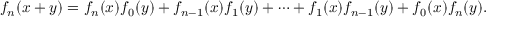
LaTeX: f _ { n } ( x + y ) = f _ { n } ( x ) f _ { 0 } ( y ) + f _ { n - 1 } ( x ) f _ { 1 } ( y ) + \cdots + f _ { 1 } ( x ) f _ { n - 1 } ( y ) + f _ { 0 } ( x ) f _ { n } ( y ) .